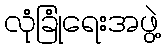
လုံခြုံရေးအဖွဲ့